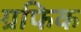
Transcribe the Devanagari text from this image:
ग्रफिक